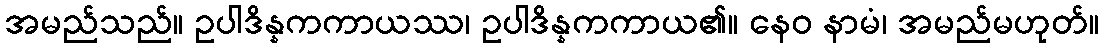
အမည်သည်။ ဥပါဒိန္နကကာယဿ၊ ဥပါဒိန္နကကာယ၏။ နေဝ နာမံ၊ အမည်မဟုတ်။